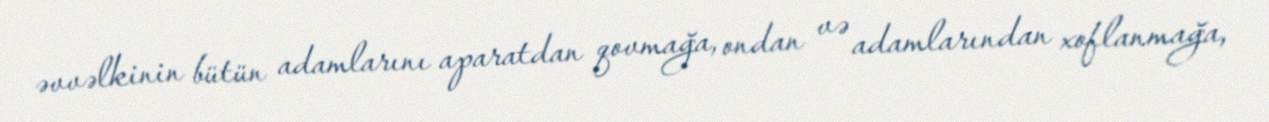
əvvəlkinin bütün adamlarını aparatdan qovmağa, ondan və adamlarından xoflanmağa,